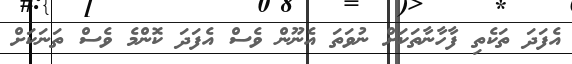
އެފަދަ ތަކެތި ފާހާނާތަކަށް ނުވަތަ އެނޫން ވެސް އެފަދަ ކޮންމެ ވެސް ތަނަކަށް